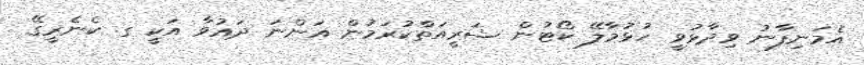
އެމަނިފާނު ވިދާޅުވީ ހުޅުމާލޭ ކޯޓުން ޝަރީއަތްކުރަމުން އަންނަ ދައުވާ އަކީ ގ. ކެނެރީގޭ